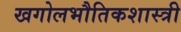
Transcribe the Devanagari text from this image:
खगोलभौतिकशास्त्री